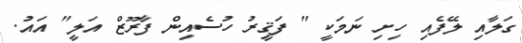
ގަލާއި ލޭފެއި ހިށި ނަމަކީ " ފަޤީރު ހުސެއިން ފާރޫޒް އަލީ" އައު.